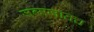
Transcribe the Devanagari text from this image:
जन्मजातच